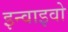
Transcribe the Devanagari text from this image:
इन्वाइवो